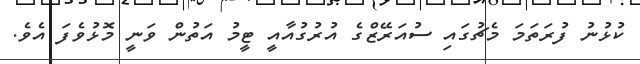
ކުޅުނު ފުރަތަމަ މެޗުގައި ސުއަރޭޒްގެ އުރުގުއާއީ ޓީމު އަތުން ވަނީ މޮޅުވެފަ އެވެ.